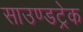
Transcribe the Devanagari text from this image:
साउण्डट्रेक